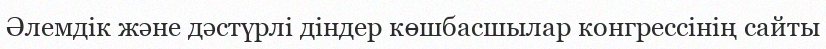
Әлемдік және дәстүрлі діндер көшбасшылар конгрессінің сайты